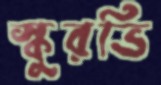
স্কুরভি